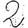
Digit: 2